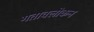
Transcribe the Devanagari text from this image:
गतावलोकन